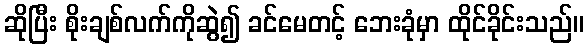
ဆိုပြီး စိုးချစ်လက်ကိုဆွဲ၍ ခင်မေတင့် ဘေးခုံမှာ ထိုင်ခိုင်းသည်။